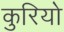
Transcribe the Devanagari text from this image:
कुरियो